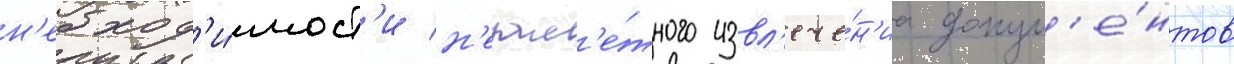
н'еобход'и́мост'и н'езам'е́тного извл'ече́н'иа докум'е́нтов